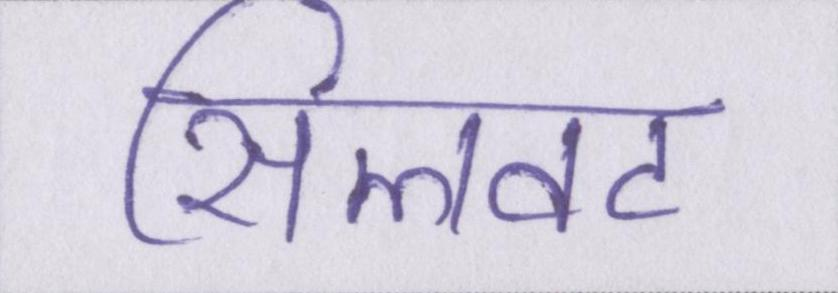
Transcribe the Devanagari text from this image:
सिलवट